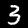
Digit: 3